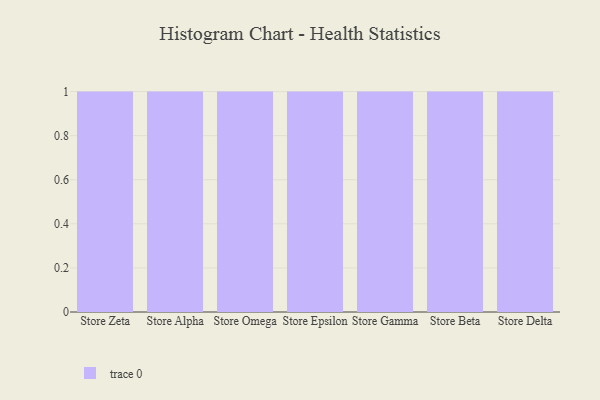
{"axis": {"x": "Store", "y": "Budget (USD K)"}, "legend": [""], "data": [{"x": "Store Zeta", "y": 25, "type": ""}, {"x": "Store Alpha", "y": 42, "type": ""}, {"x": "Store Omega", "y": 84, "type": ""}, {"x": "Store Epsilon", "y": 88, "type": ""}, {"x": "Store Gamma", "y": 63, "type": ""}, {"x": "Store Beta", "y": 9, "type": ""}, {"x": "Store Delta", "y": 55, "type": ""}]}